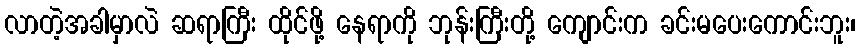
လာတဲ့အခါမှာလဲ ဆရာကြီး ထိုင်ဖို့ နေရာကို ဘုန်းကြီးတို့ ကျောင်းက ခင်းမပေးကောင်းဘူး၊